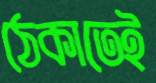
ঠেকাতেই